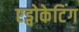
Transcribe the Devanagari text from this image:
एड्वोकेटिंग